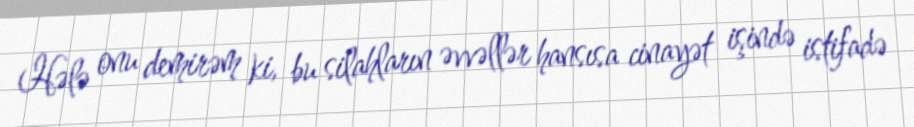
Hələ onu demirəm ki, bu silahların əvvəllər hansısa cinayət işində istifadə